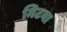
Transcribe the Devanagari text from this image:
मिटवा